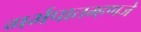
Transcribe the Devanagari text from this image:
गर्भपातम्हणजे